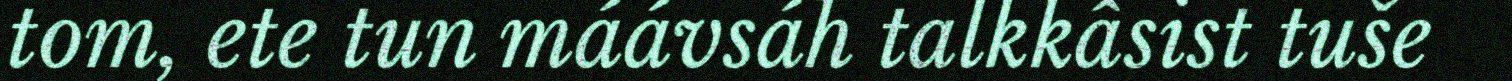
tom, ete tun máávsáh talkkâsist tuše